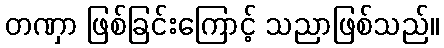
တဏှာ ဖြစ်ခြင်းကြောင့် သညာဖြစ်သည်။